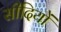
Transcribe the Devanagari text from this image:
सीदियों